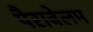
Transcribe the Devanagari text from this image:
पैराबेलम